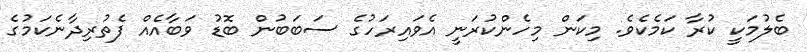
ބެލުމަކީ ކުރާ ކަމެކެވެ. މިކަން މިހެންކުރަނީ އެވައިރަހުގެ ސަބަބުން ބޮޑު ވަބާއެއް ފެތުރިދާނެކަމުގެ